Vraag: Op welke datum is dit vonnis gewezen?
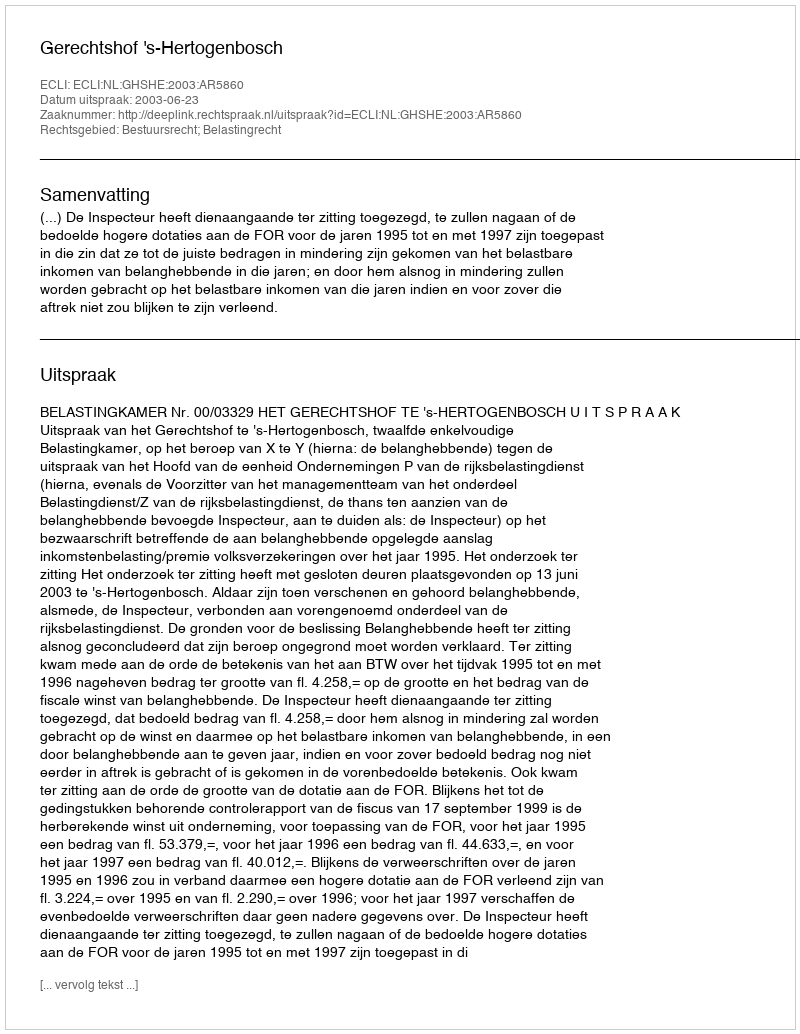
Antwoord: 2003-06-23